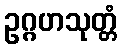
ဥဂ္ဂဟသုတ္တံ